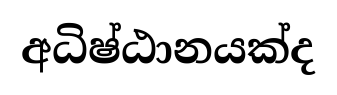
අධිෂ්ඨානයක්ද